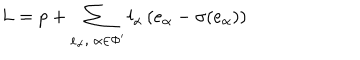
L = p + \sum _ { e _ { \alpha } , \; \alpha \in \Phi ^ { \prime } } l _ { \alpha } \, ( e _ { \alpha } - \sigma ( e _ { \alpha } ) )